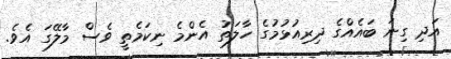
އަދި ގިނަ ބައެއްގެ ދިރިއުޅުމުގެ ހާލަތު އެންމެ ނިކަމެތީ ވެސް މާލޭގަ އެވެ.